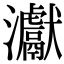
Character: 𤅊